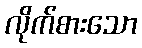
လိုက်စားသော